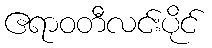
ဧရာဝတီလင်းပိုင်